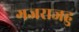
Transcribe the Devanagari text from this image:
गजराजहु